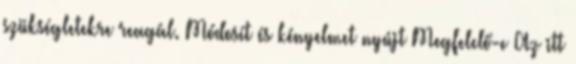
szükségletekre reagál. Módosít és kényelmet nyújt Megfelelő-e Az itt